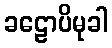
ခဠောပိမုခါ